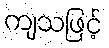
ကျသဖြင့်